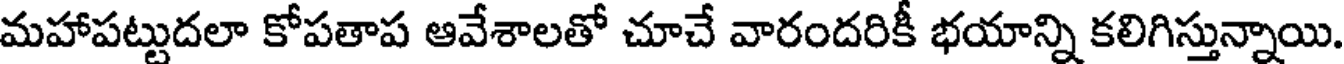
మహాపట్టుదలా కోపతాప ఆవేశాలతో చూచే వారందరికీ భయాన్ని కలిగిస్తున్నాయి.